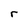
Character: r